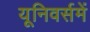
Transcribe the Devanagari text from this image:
यूनिवर्समें